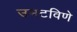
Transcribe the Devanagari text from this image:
उमटविणे